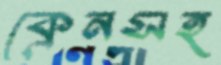
ক্রেনসহ